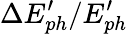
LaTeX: \Delta E_{ph}^{\prime}/E_{ph}^{\prime}